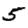
Digit: 5